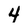
Character: 4